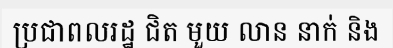
ប្រជាពលរដ្ឋ ជិត មួយ លាន នាក់ និង